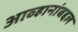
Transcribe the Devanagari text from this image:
आव्हानांबद्दल